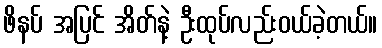
ဖိနပ် အပြင် အိတ်နဲ့ ဦးထုပ်လည်းဝယ်ခဲ့တယ်။